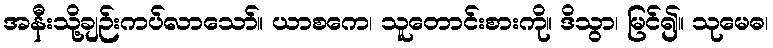
အနီးသို့ချဉ်းကပ်လာသော်။ ယာစကေ၊ သူတောင်းစားကို။ ဒိသွာ၊ မြင်၍။ သုမေဓ၊